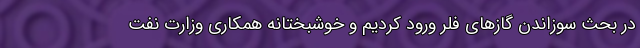
در بحث سوزاندن گازهای فلر ورود کردیم و خوشبختانه همکاری وزارت نفت